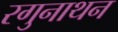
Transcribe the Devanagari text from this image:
रगुनाथन